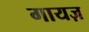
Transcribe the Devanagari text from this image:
गायज़